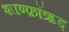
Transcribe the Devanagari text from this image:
शाण्फ़ॉऋड्